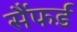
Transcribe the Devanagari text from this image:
सैंफर्ड